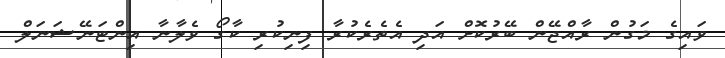
ވައިގެ މަގުން ރާއްޖޭން ބޭރުކޮށް އަދި އެތެރެކުރާ ފިނިކުރި ކާގޯ ވެލާނާ އިންޓަނޭޝަނަލް